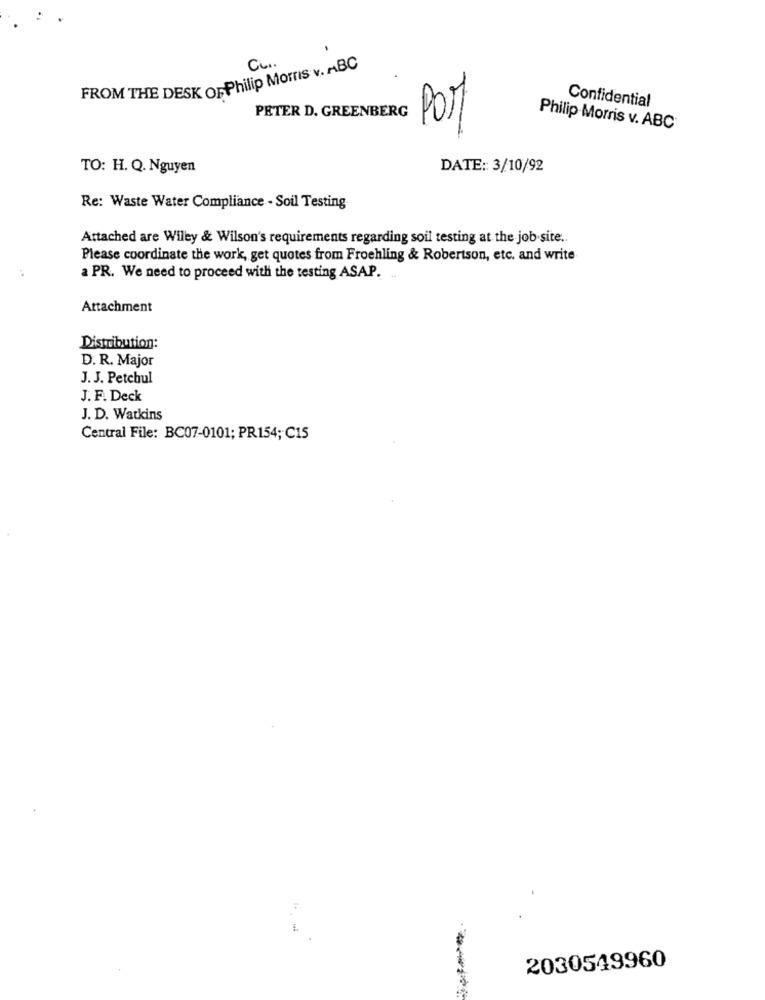
C ...
FROM THE DESK OFPhilip Morris v. ABC
Confidential
PETER D. GREENBERG
Por
Philip Morris v. ABC
TO: H. Q. Nguyen
DATE :: 3/10/92
Re: Waste Water Compliance - Soil Testing
Attached are Wiley & Wilson's requirements regarding soil testing at the job site ..
Please coordinate the work, get quotes from Froehling & Robertson, etc. and write
a PR. We need to proceed with the testing ASAP. ..
Attachment
Distribution:
D. R. Major
J. J. Petchul
J. F. Deck
J. D. Watkins
Central File: BC07-0101; PR154; C15
2030549960